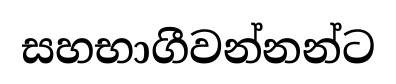
සහභාගීවන්නන්ට